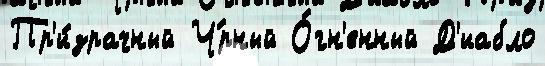
Пр'и́зрачный Ч́рный О́гн'енный Д'иабло